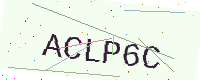
Text: ACLP6C